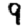
Digit: 9